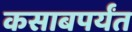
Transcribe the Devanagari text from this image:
कसाबपर्यंत